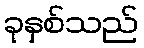
ခုနှစ်သည်